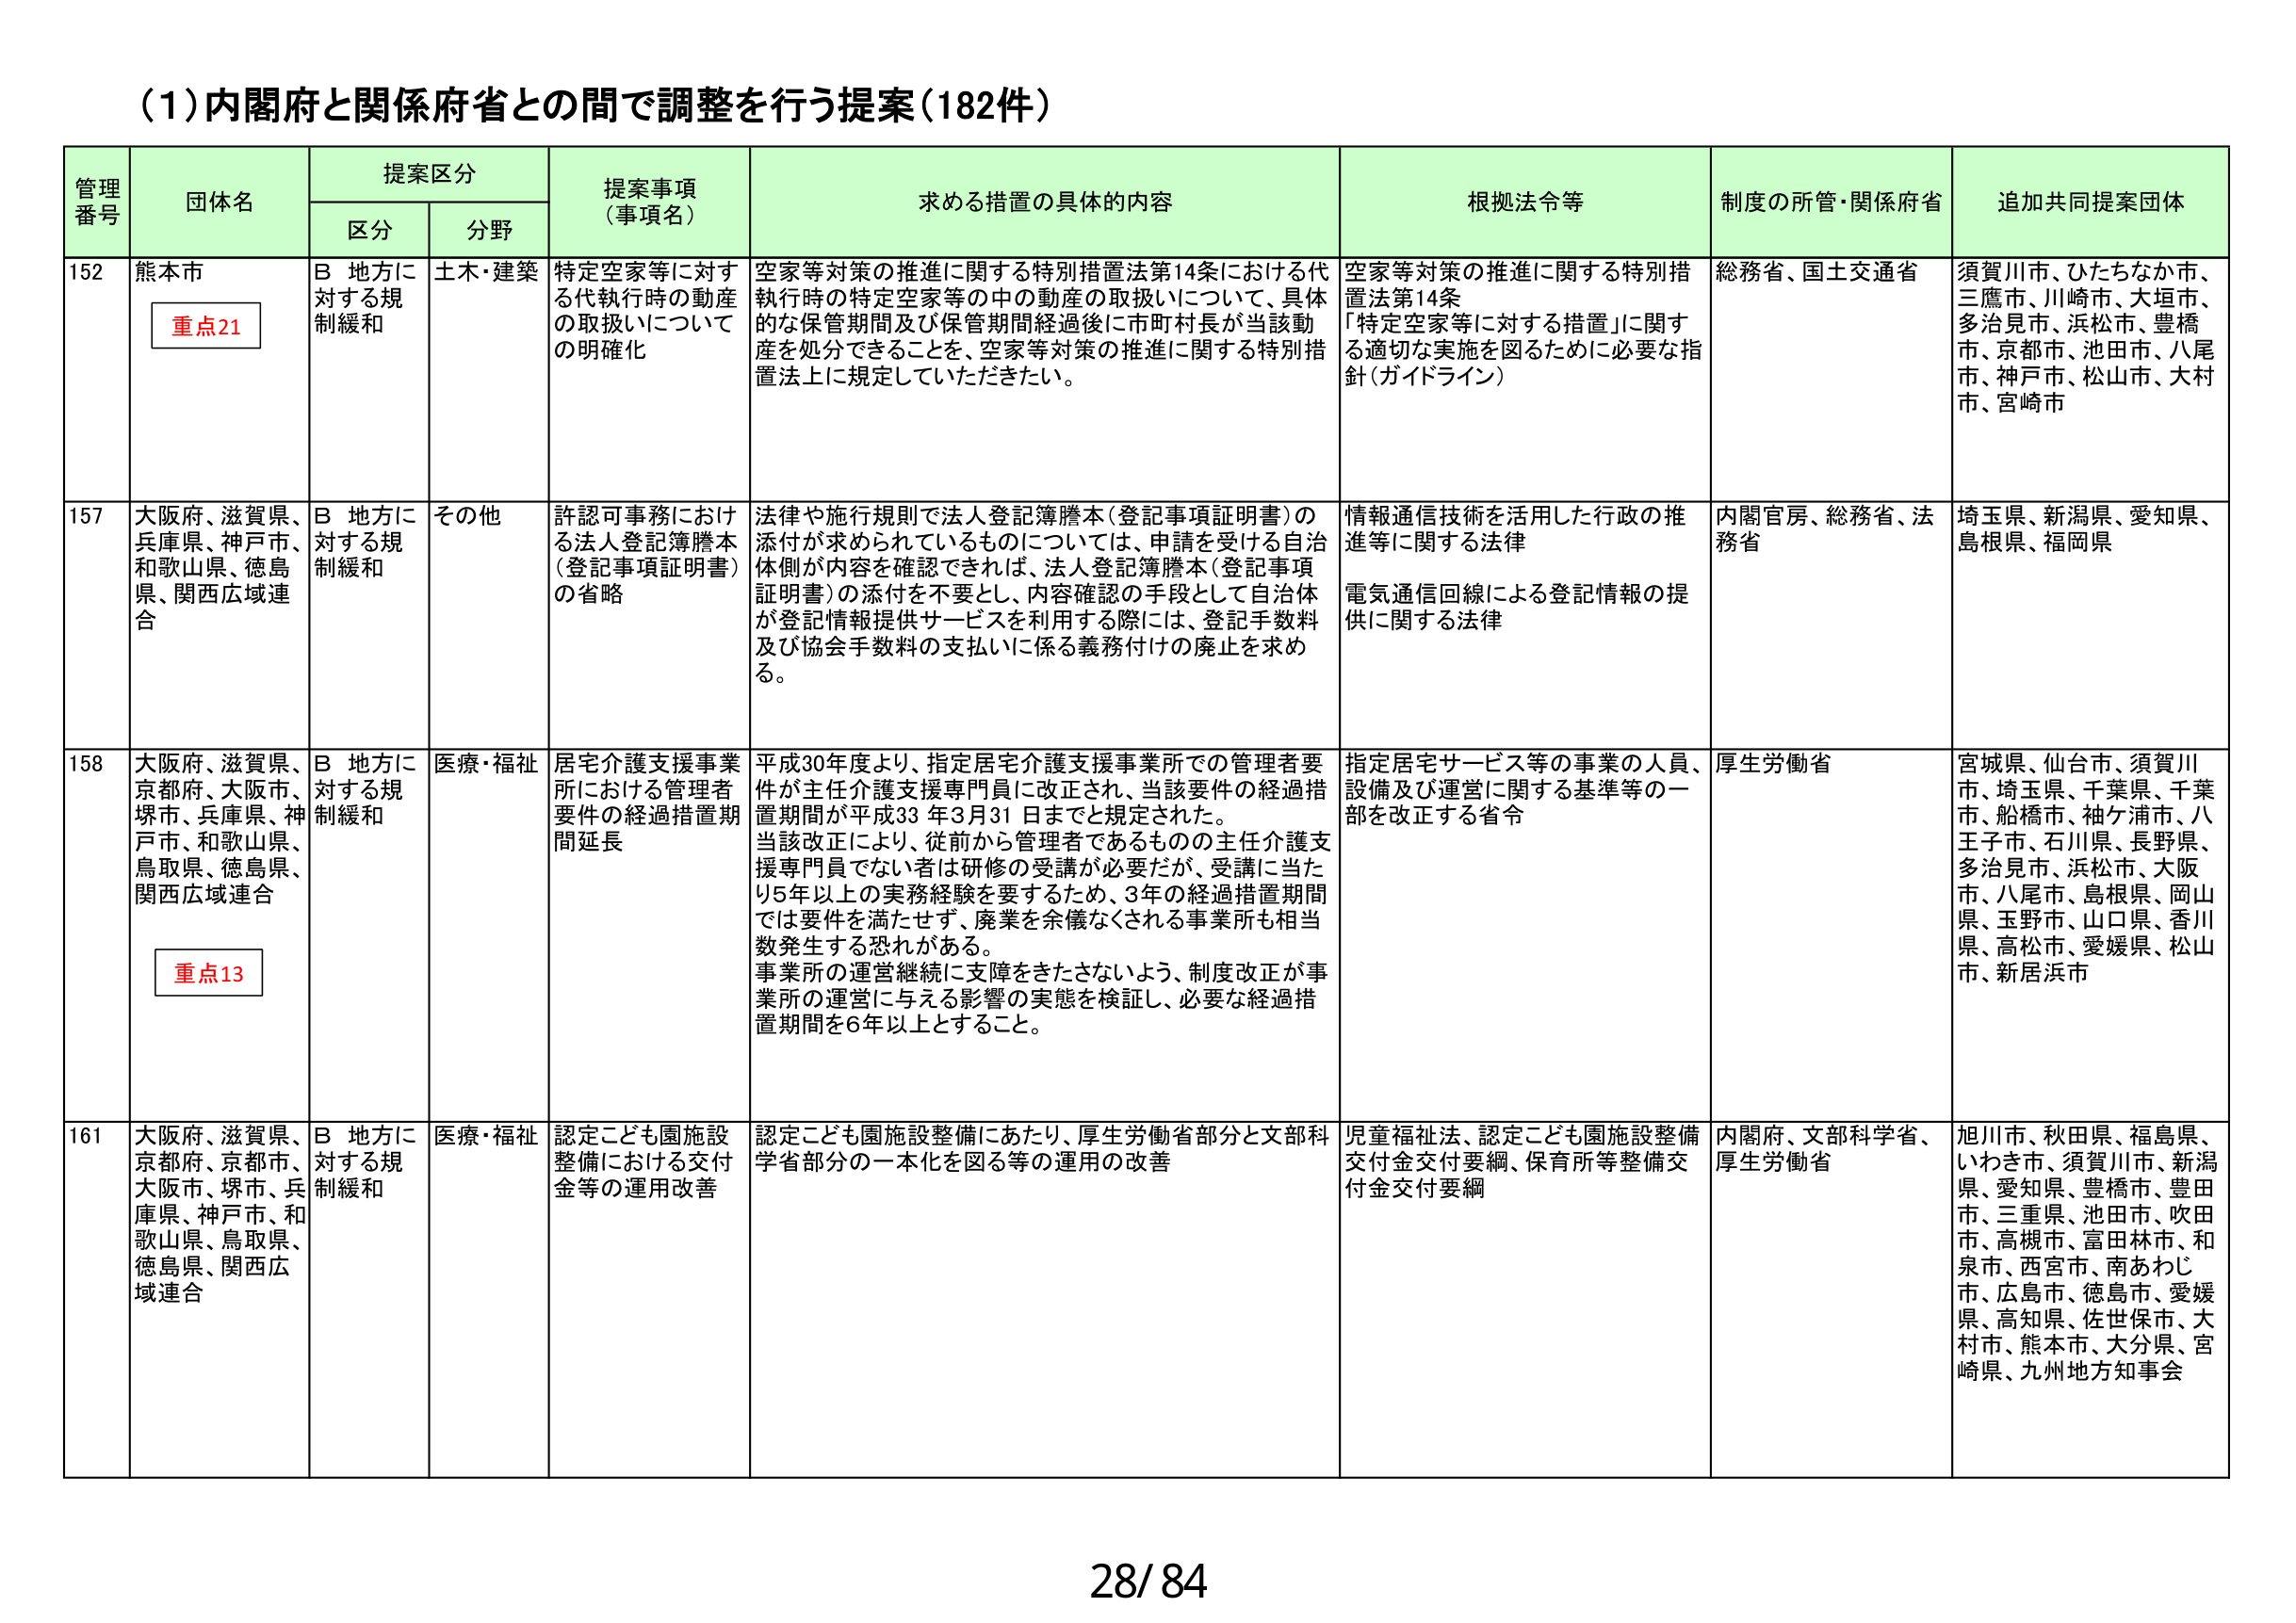
(1)内閣府と関係府省との間で調整を行う提案(182件)

管理番号 団体名 提案区分 提案事項（事項名） 求める措置の具体的内容 根拠法令等 制度の所管・関係府省 追加共同提案団体
区分 分野

152 熊本市 重点21 B 地方に対する規制緩和 土木・建築 特定空家等に対する代執行時の動産の取扱いについての明確化 空家等対策の推進に関する特別措置法第14条における代執行時の特定空家等の中の動産の取扱いについて、具体的な保管期間及び保管期間経過後に市町村長が当該動産を処分できることを、空家等対策の推進に関する特別措置法上に規定していただきたい。 空家等対策の推進に関する特別措置法第14条 「特定空家等に対する措置」に関する適切な実施を図るために必要な指針（ガイドライン） 総務省、国土交通省 須賀川市、ひたちなか市、三鷹市、川崎市、大垣市、多治見市、浜松市、豊橋市、京都市、池田市、八尾市、神戸市、松山市、大村市、宮崎市

157 大阪府、滋賀県、兵庫県、神戸市、和歌山県、徳島県、関西広域連合 B 地方に対する規制緩和 その他 許認可事務における法人登記簿謄本（登記事項証明書）の省略 法律や施行規則で法人登記簿謄本（登記事項証明書）の添付が求められているものについては、申請を受ける自治体側が内容を確認できれば、法人登記簿謄本（登記事項証明書）の添付を不要とし、内容確認の手段として自治体が登記情報提供サービスを利用する際には、登記手数料及び協会手数料の支払いに係る義務付けの廃止を求める。 情報通信技術を活用した行政の推進等に関する法律 電気通信回線による登記情報の提供に関する法律 内閣官房、総務省、法務省 埼玉県、新潟県、愛知県、島根県、福岡県

158 大阪府、滋賀県、京都府、大阪市、堺市、兵庫県、神戸市、和歌山県、鳥取県、徳島県、関西広域連合 重点13 B 地方に対する規制緩和 医療・福祉 居宅介護支援事業所における管理者要件の経過措置期間延長 平成30年度より、指定居宅介護支援事業所での管理者要件が主任介護支援専門員に改正され、当該要件の経過措置期間が平成33年3月31日までと規定された。当該改正により、従前から管理者であるものの主任介護支援専門員でない者は研修の受講が必要だが、受講に当たり5年以上の実務経験を要するため、3年の経過措置期間では要件を満たせず、廃業を余儀なくされる事業所も相当数発生する恐れがある。事業所の運営継続に支障をきたさないよう、制度改正が事業所の運営に与える影響の実態を検証し、必要な経過措置期間を6年以上とすること。 指定居宅サービス等の事業の人員、設備及び運営に関する基準等の一部を改正する省令 厚生労働省 宮城県、仙台市、須賀川市、埼玉県、千葉県、千葉市、船橋市、袖ヶ浦市、八王子市、石川県、長野県、多治見市、浜松市、大阪市、八尾市、島根県、岡山県、玉野市、山口県、香川県、高松市、愛媛県、松山市、新居浜市

161 大阪府、滋賀県、京都府、京都市、大阪市、堺市、兵庫県、神戸市、和歌山県、鳥取県、徳島県、関西広域連合 B 地方に対する規制緩和 医療・福祉 認定こども園施設整備における交付金等の運用改善 認定こども園施設整備にあたり、厚生労働省部分と文部科学省部分の一本化を図る等の運用の改善 児童福祉法、認定こども園施設整備交付金交付要綱、保育所等整備交付金交付要綱 内閣府、文部科学省、厚生労働省 旭川市、秋田県、福島県、いわき市、須賀川市、新潟県、愛知県、豊橋市、豊田市、三重県、池田市、吹田市、高槻市、富田林市、和泉市、西宮市、南あわじ市、広島市、徳島市、愛媛県、高知県、佐世保市、大村市、熊本市、大分県、宮崎県、九州地方知事会

28/84